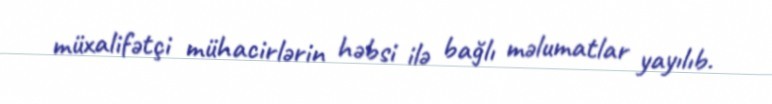
müxalifətçi mühacirlərin həbsi ilə bağlı məlumatlar yayılıb.